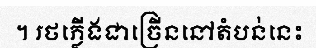
។ រថភ្លើងជាច្រើននៅតំបន់នេះ